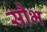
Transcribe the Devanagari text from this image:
सौभ